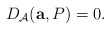
\begin{align*}D_{\mathcal{A}}({\bf a},P)= 0.\end{align*}